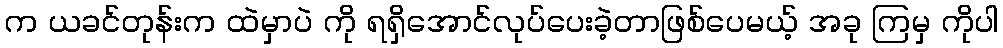
က ယခင်တုန်းက ထဲမှာပဲ ကို ရရှိအောင်လုပ်ပေးခဲ့တာဖြစ်ပေမယ့် အခု ကြမှ ကိုပါ